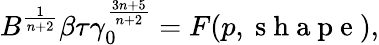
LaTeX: B^{\frac{1}{n+2}}\beta\tau\gamma_{0}^{\frac{3n+5}{n+2}}=F(p,\mathrm{~s~h~a~p~e~}),